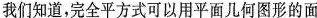
我们知道，完全平方式可以用平面几何图形的面